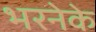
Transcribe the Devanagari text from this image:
भरनेके